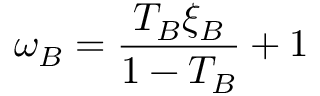
\omega _ { B } = \frac { T _ { B } \xi _ { B } } { 1 - T _ { B } } + 1